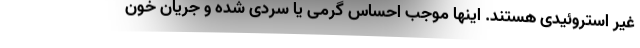
غیر استروئیدی هستند. اینها موجب احساس گرمی یا سردی شده و جریان خون